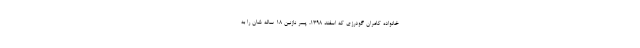
خانواده كامران گودرزي كه اسفند 1398، پسر نازنين 18 ساله شان را به